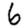
Digit: 6